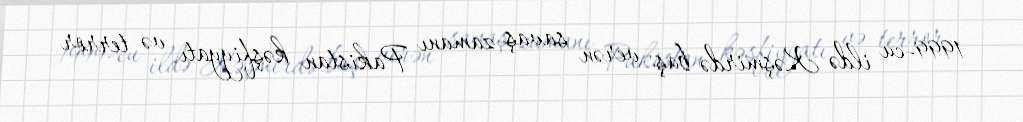
1999-cu ildə Kəşmirdə baş verən savaş zamanı Pakistan kəşfiyyatı və terror